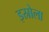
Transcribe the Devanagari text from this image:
इस्रोला